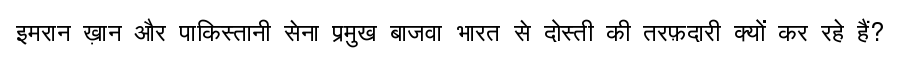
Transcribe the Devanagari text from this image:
इमरान ख़ान और पाकिस्तानी सेना प्रमुख बाजवा भारत से दोस्ती की तरफ़दारी क्यों कर रहे हैं?